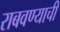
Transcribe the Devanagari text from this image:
राबवण्याची